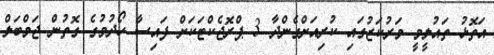
އަތޮޅު ތައުލީމީ މަރުކަޒުގައި ކުރިއަށްގެންދާ 3 ޕްރޮޖެކްޓަކަށް ފައިސާ ހޯދުމުގެ ގޮތުން ޖަމްބަލް